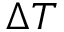
\Delta T